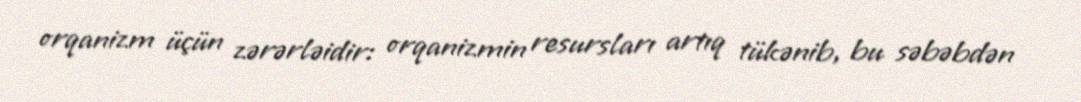
orqanizm üçün zərərləidir: orqanizmin resursları artıq tükənib, bu səbəbdən